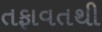
તફાવતથી